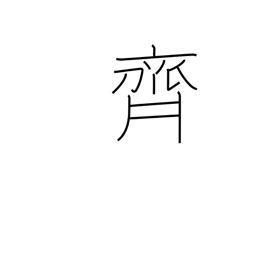
Meaning: Saito